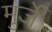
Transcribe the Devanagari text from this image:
मुर्जे